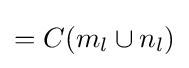
=C(m_{l}\cup n_{l})